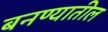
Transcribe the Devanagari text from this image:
बनण्यातील